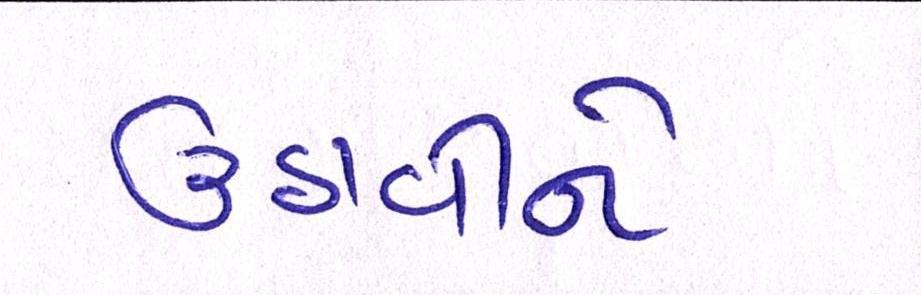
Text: ઉઠાવીને